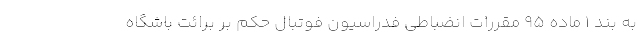
به بند ۱ ماده ۹۵ مقررات انضباطی فدراسیون فوتبال حکم بر برائت باشگاه